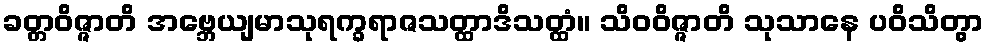
ခတ္တဝိဇ္ဇာတိ အဗ္ဘေယျမာသုရက္ခရာဇသတ္ထာဒိသတ္ထံ။ သိဝဝိဇ္ဇာတိ သုသာနေ ပဝိသိတွာ